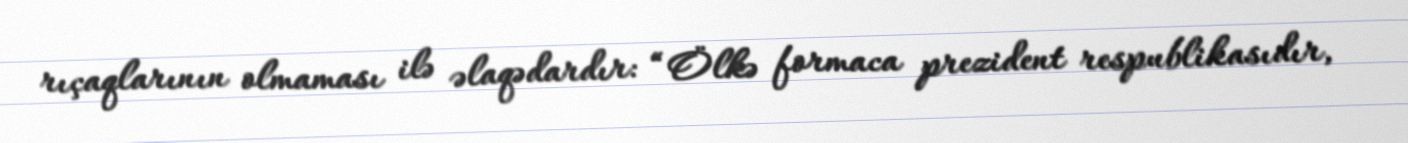
rıçaqlarının olmaması ilə əlaqədardır: “Ölkə formaca prezident respublikasıdır,